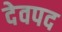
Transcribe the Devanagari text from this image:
देवपद